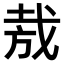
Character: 𢦷